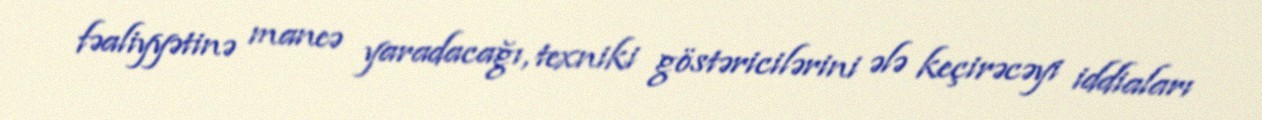
fəaliyyətinə maneə yaradacağı, texniki göstəricilərini ələ keçirəcəyi iddiaları